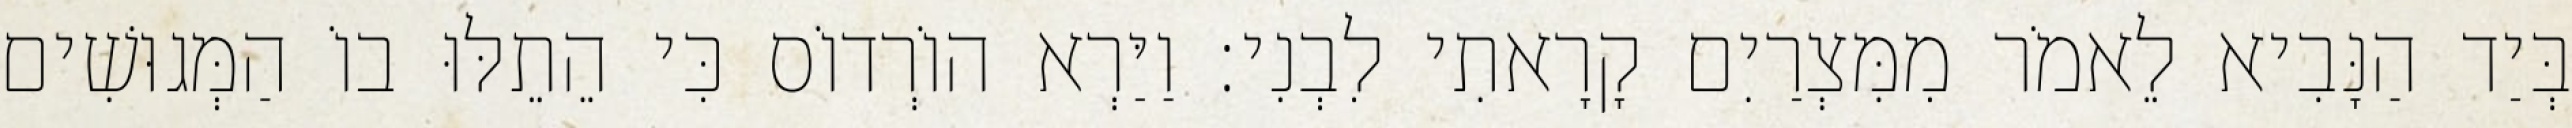
בְּיַד הַנָּבִיא לֵאמֹר מִמִּצְרַיִם קָרָאתִי לִבְנִי׃ וַיַּרְא הוֹרְדוֹס כִּי הֵתֵלּוּ בוֹ הַמְּגוּשִׁים